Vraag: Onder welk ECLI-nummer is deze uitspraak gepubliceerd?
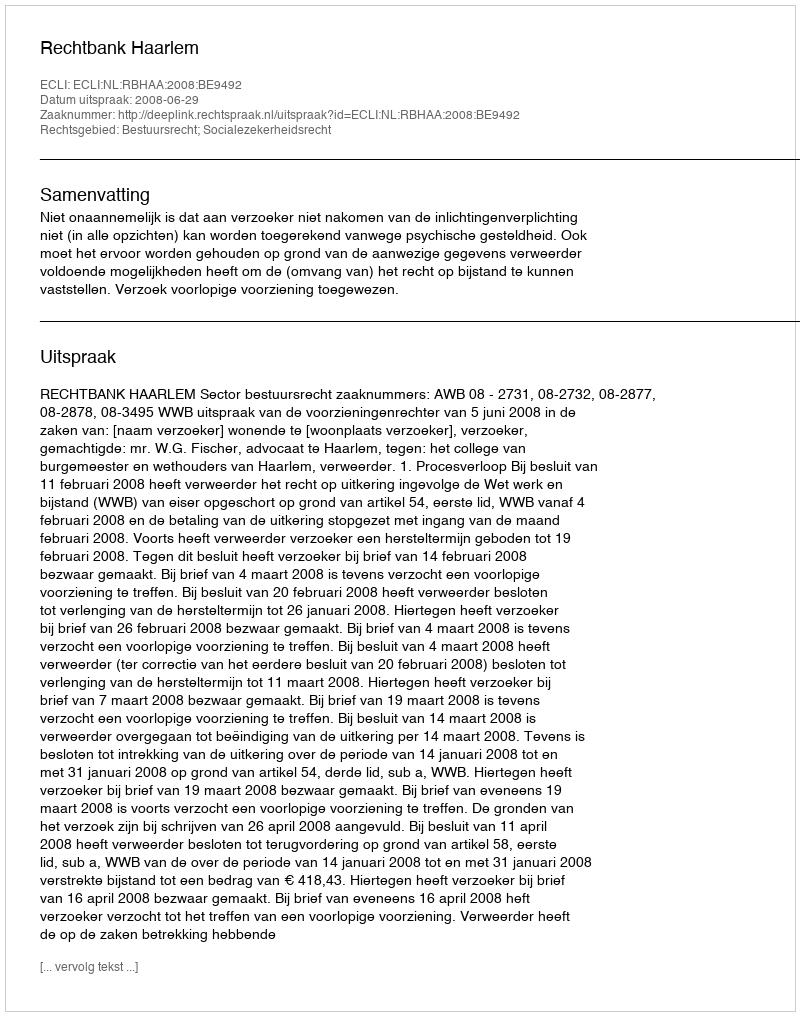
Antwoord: ECLI:NL:RBHAA:2008:BE9492